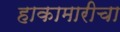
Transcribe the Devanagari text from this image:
हाकामारीचा